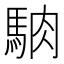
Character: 𩣀